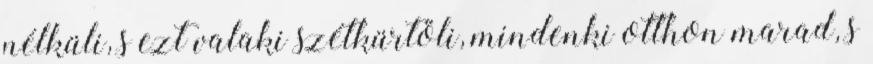
nélküli, s ezt valaki szétkürtöli, mindenki otthon marad, s